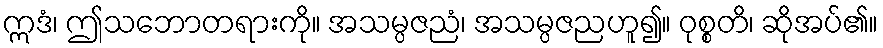
ဣဒံ၊ ဤသဘောတရားကို။ အသမ္ပဇညံ၊ အသမ္ပဇညဟူ၍။ ဝုစ္စတိ၊ ဆိုအပ်၏။